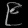
Digit: ၉